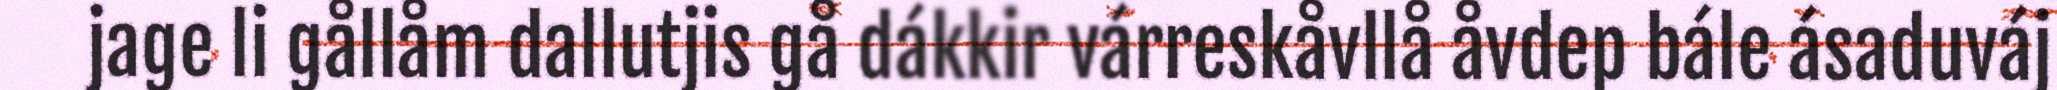
jage li gållåm dallutjis gå dákkir várreskåvllå åvdep bále ásaduváj